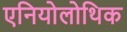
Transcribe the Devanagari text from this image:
एनियोलोथिक